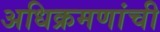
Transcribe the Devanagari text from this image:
अधिक्रमणांची